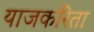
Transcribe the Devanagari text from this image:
याजकरिता